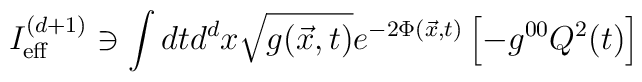
I_{\rm eff}^{(d+1)} \ni \int dt d^dx \sqrt{g(\vec x, t)}e^{-2\Phi ({\vec x},t)}\left[-g^{00}Q^2(t)\right]